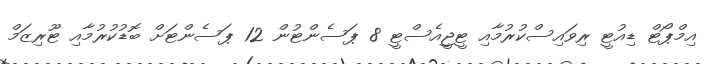
އިމްޕޯޓް ޑިއުޓީ ރިވައިސްކުރުމާއި ޓީޖީއެސްޓީ 8 ޕަސެންޓުން 12 ޕަސެންޓަށް ބޮޑުކުރުމާއި ޓޫރިޒަމް